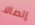
إتصالا